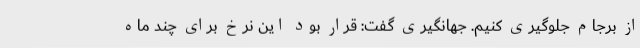
از برجام جلوگیری کنیم. جهانگیری گفت: قرار بود این نرخ برای چند ماه